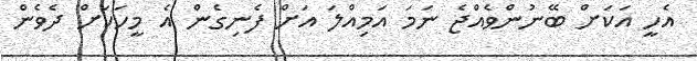
އެހީ އަކަށް ބޭނުންވެއްޖެ ނަމަ އަމިއްލަ އަށް ފެނިގެން އެ މީހަކަށް ދެވެން